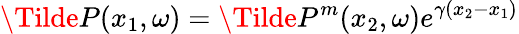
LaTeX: \Tilde{P}(x_{1},\omega)=\Tilde{P}^{m}(x_{2},\omega)e^{\gamma(x_{2}-x_{1})}